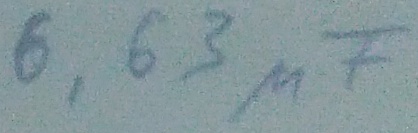
Text: 6,63µF